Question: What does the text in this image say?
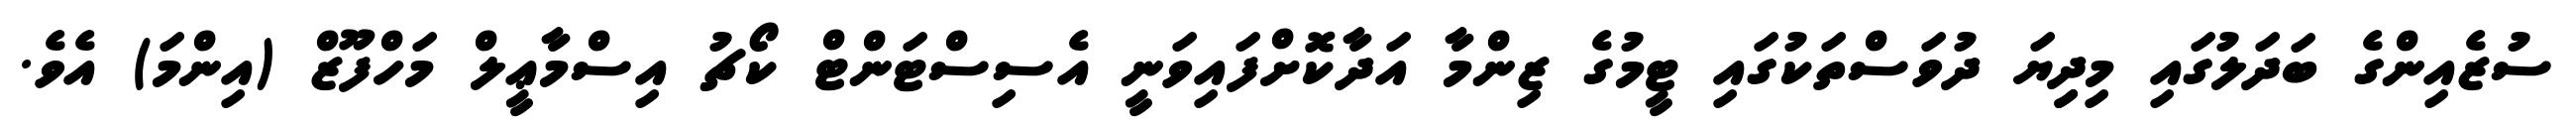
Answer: ސުޒެއިންގެ ބަދަލުގައި މިދިިޔަ ދުވަސްތަކުގައި ޓީމުގެ ޒިންމާ އަދާކޮށްފައިވަނީ އެސިސްޓަންޓް ކޯޗު އިސްމާޢީލް މަހްފޫޒް (އިންމަ) އެވެ.